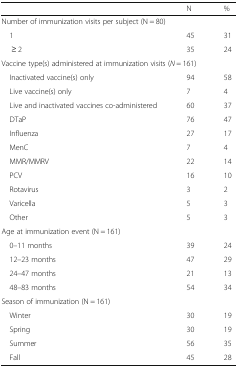
<table><thead><tr><td></td><td><b>N</b></td><td><b>%</b></td></tr></thead><tbody><tr><td colspan="3">Number of immunization visits per subject (N = 80)</td></tr><tr><td> 1</td><td>45</td><td>31</td></tr><tr><td>≥ 2</td><td>35</td><td>24</td></tr><tr><td colspan="3">Vaccine type(s) administered at immunization visits (<i>N</i> = 161)</td></tr><tr><td> Inactivated vaccine(s) only</td><td>94</td><td>58</td></tr><tr><td> Live vaccine(s) only</td><td>7</td><td>4</td></tr><tr><td> Live and inactivated vaccines co-administered</td><td>60</td><td>37</td></tr><tr><td> DTaP</td><td>76</td><td>47</td></tr><tr><td> Influenza</td><td>27</td><td>17</td></tr><tr><td> MenC</td><td>7</td><td>4</td></tr><tr><td> MMR/MMRV</td><td>22</td><td>14</td></tr><tr><td> PCV</td><td>16</td><td>10</td></tr><tr><td> Rotavirus</td><td>3</td><td>2</td></tr><tr><td> Varicella</td><td>5</td><td>3</td></tr><tr><td> Other</td><td>5</td><td>3</td></tr><tr><td colspan="3">Age at immunization event (N = 161)</td></tr><tr><td> 0–11 months</td><td>39</td><td>24</td></tr><tr><td> 12–23 months</td><td>47</td><td>29</td></tr><tr><td> 24–47 months</td><td>21</td><td>13</td></tr><tr><td> 48–83 months</td><td>54</td><td>34</td></tr><tr><td colspan="3">Season of immunization (N = 161)</td></tr><tr><td> Winter</td><td>30</td><td>19</td></tr><tr><td> Spring</td><td>30</td><td>19</td></tr><tr><td> Summer</td><td>56</td><td>35</td></tr><tr><td> Fall</td><td>45</td><td>28</td></tr></tbody></table>